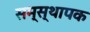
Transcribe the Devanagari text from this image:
सम्स्थापक